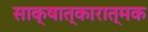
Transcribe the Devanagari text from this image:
साक्षात्कारात्मक